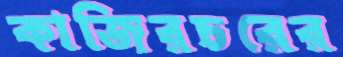
কাজিরচরের